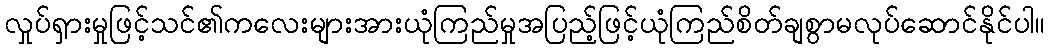
လှုပ်ရှားမှုဖြင့်သင်၏ကလေးများအားယုံကြည်မှုအပြည့်ဖြင့်ယုံကြည်စိတ်ချစွာမလုပ်ဆောင်နိုင်ပါ။